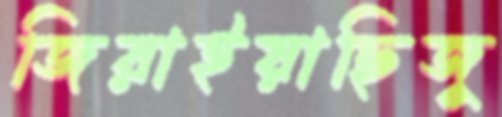
জিরাইয়াছিজু